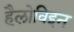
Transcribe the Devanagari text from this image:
हैलोविइन